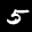
Label: 5